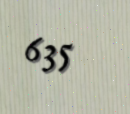
635